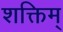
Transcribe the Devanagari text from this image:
शक्तिम्‌